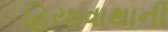
હિયાવાથાની